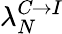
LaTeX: \lambda_{N}^{\textit{C}\rightarrow\textit{I}}